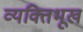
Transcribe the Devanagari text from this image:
व्यक्तिभूख